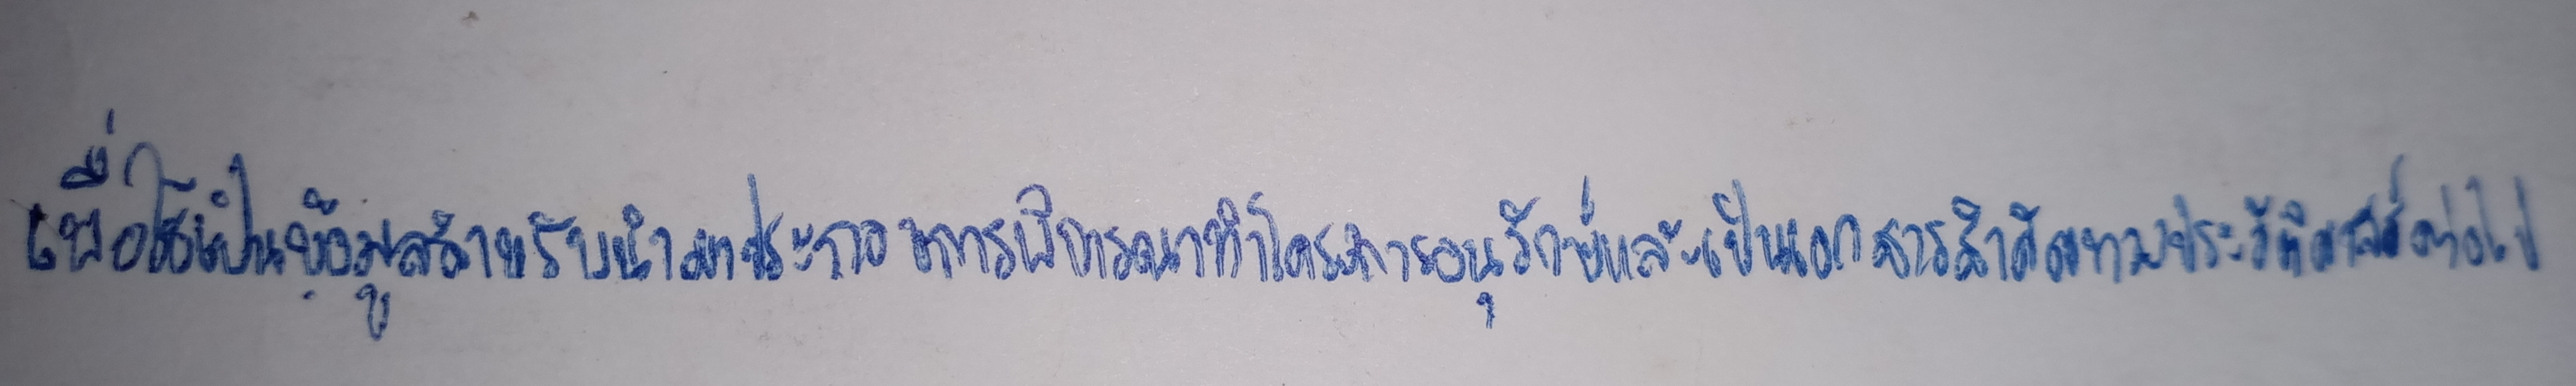
เพื่อใช้เป็นข้อมูลสำหรับนำมาประกอบการพิจารณาทำโครงการอนุรักษ์และเป็นเอกสารสำคัญทางประวัติศาสตร์ต่อไป